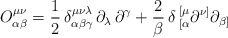
\begin{align*}O^{\mu\nu}_{\alpha\beta}={1\over2}\,\delta^{\mu\nu\lambda}_{\alpha\beta\gamma}\,\partial_\lambda\,\partial^\gamma+{2\over\beta}\,\delta\,^{[\mu}_{[\alpha}\partial^{\nu]}\partial_{\beta]}\end{align*}